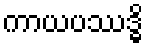
ကာယပဿဒ္ဓိ